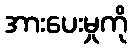
အားပေးမှုကို